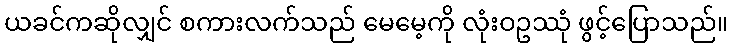
ယခင်ကဆိုလျှင် စကားလက်သည် မေမေ့ကို လုံးဝဥဿုံ ဖွင့်ပြောသည်။